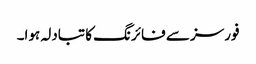
فورسز سے فائرنگ کا تبادلہ ہوا۔